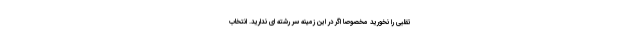
تقلبی را نخورید مخصوصا اگر در این زمینه سر رشته ای ندارید. انتخاب